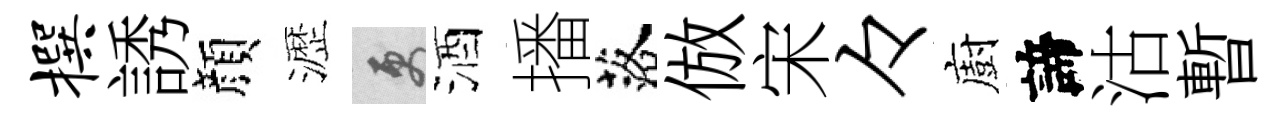
撰誘顔瀝更酒播落倣宋々廚諦沽暫